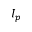
I _ { p }